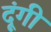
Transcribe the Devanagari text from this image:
दूंगी